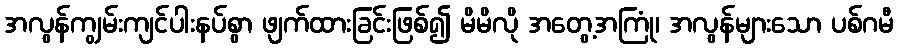
အလွန်ကျွမ်းကျင်ပါးနပ်စွာ ဖျက်ထားခြင်းဖြစ်၍ မိမိလို အတွေ့အကြုံ၊ အလွန်များသော ပစ်ဂမီ